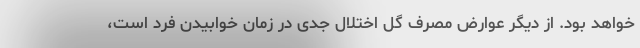
خواهد بود. از دیگر عوارض مصرف گل اختلال جدی در زمان خوابیدن فرد است،